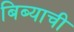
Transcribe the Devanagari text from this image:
बिब्याची